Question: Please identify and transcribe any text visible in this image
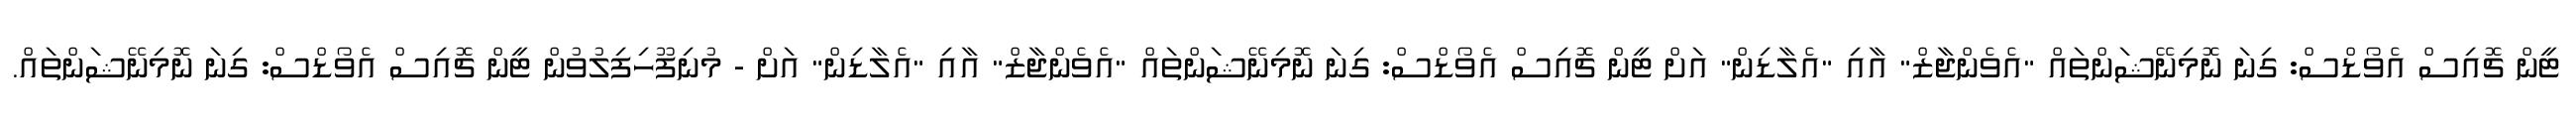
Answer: ޓީން ޗޮއިސް އެވޯޑްސް: ގިނަ ނޮމިނޭޝަންތައް "އެވެންޖާޒް" އާއި "އެލާޑިން" އަށް ޓީން ޗޮއިސް އެވޯޑްސް: ގިނަ ނޮމިނޭޝަންތައް "އެވެންޖާޒް" އާއި "އެލާޑިން" އަށް - މުނިފޫހިފިލުވުން ޓީން ޗޮއިސް އެވޯޑްސް: ގިނަ ނޮމިނޭޝަންތައް.